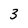
Character: 3